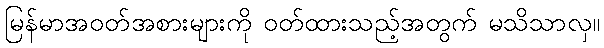
မြန်မာအဝတ်အစားများကို ဝတ်ထားသည့်အတွက် မသိသာလှ။